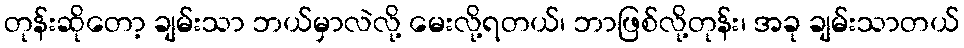
တုန်းဆိုတော့ ချမ်းသာ ဘယ်မှာလဲလို့ မေးလို့ရတယ်၊ ဘာဖြစ်လို့တုန်း၊ အခု ချမ်းသာတယ်